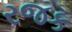
રજક